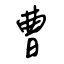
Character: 曹